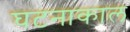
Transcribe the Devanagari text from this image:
घटनाकाल